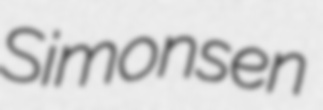
Simonsen